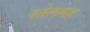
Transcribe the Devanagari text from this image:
स्तेलमह